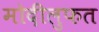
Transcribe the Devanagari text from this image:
मोदीलुफत